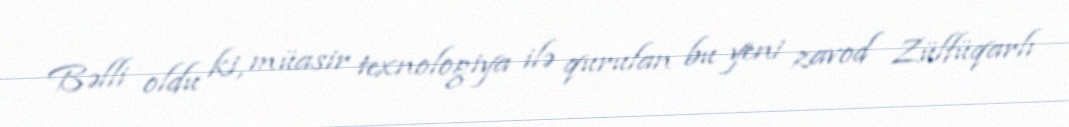
Bəlli oldu ki, müasir texnologiya ilə qurulan bu yeni zavod Zülfüqarlı